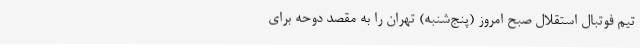
تیم فوتبال استقلال صبح امروز (پنج‌شنبه) تهران را به مقصد دوحه برای